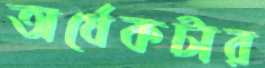
অর্ধেকটার